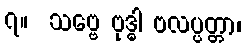
၇။  သဗ္ဗေ ဗုဒ္ဓါ ဗလပ္ပတ္တာ၊